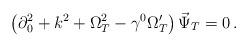
LaTeX: \begin{align*}\left(\partial _0^2+k^2+\Omega_T^2-\gamma ^0\Omega_T'\right)\vec\Psi _T=0\,. \end{align*}